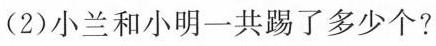
(2)小兰和小明一共踢了多少个？